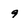
Character: 9